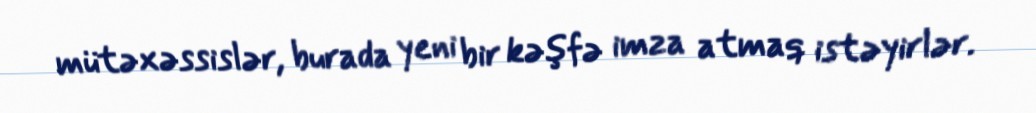
mütəxəssislər, burada yeni bir kəşfə imza atmaq istəyirlər.